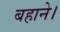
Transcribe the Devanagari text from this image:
बहाने।